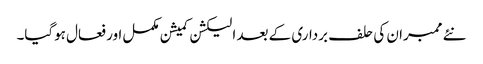
نئے ممبران کی حلف برداری کے بعد الیکشن کمیشن مکمل اور فعال ہوگیا۔